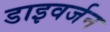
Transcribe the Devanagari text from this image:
डाइवर्जन